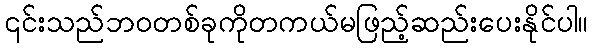
၎င်းသည်ဘဝတစ်ခုကိုတကယ်မဖြည့်ဆည်းပေးနိုင်ပါ။